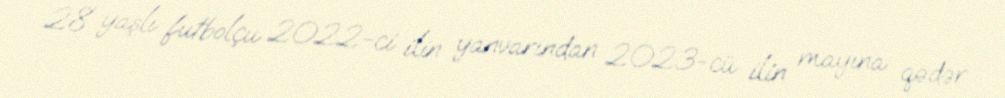
28 yaşlı futbolçu 2022-ci ilin yanvarından 2023-cü ilin mayına qədər